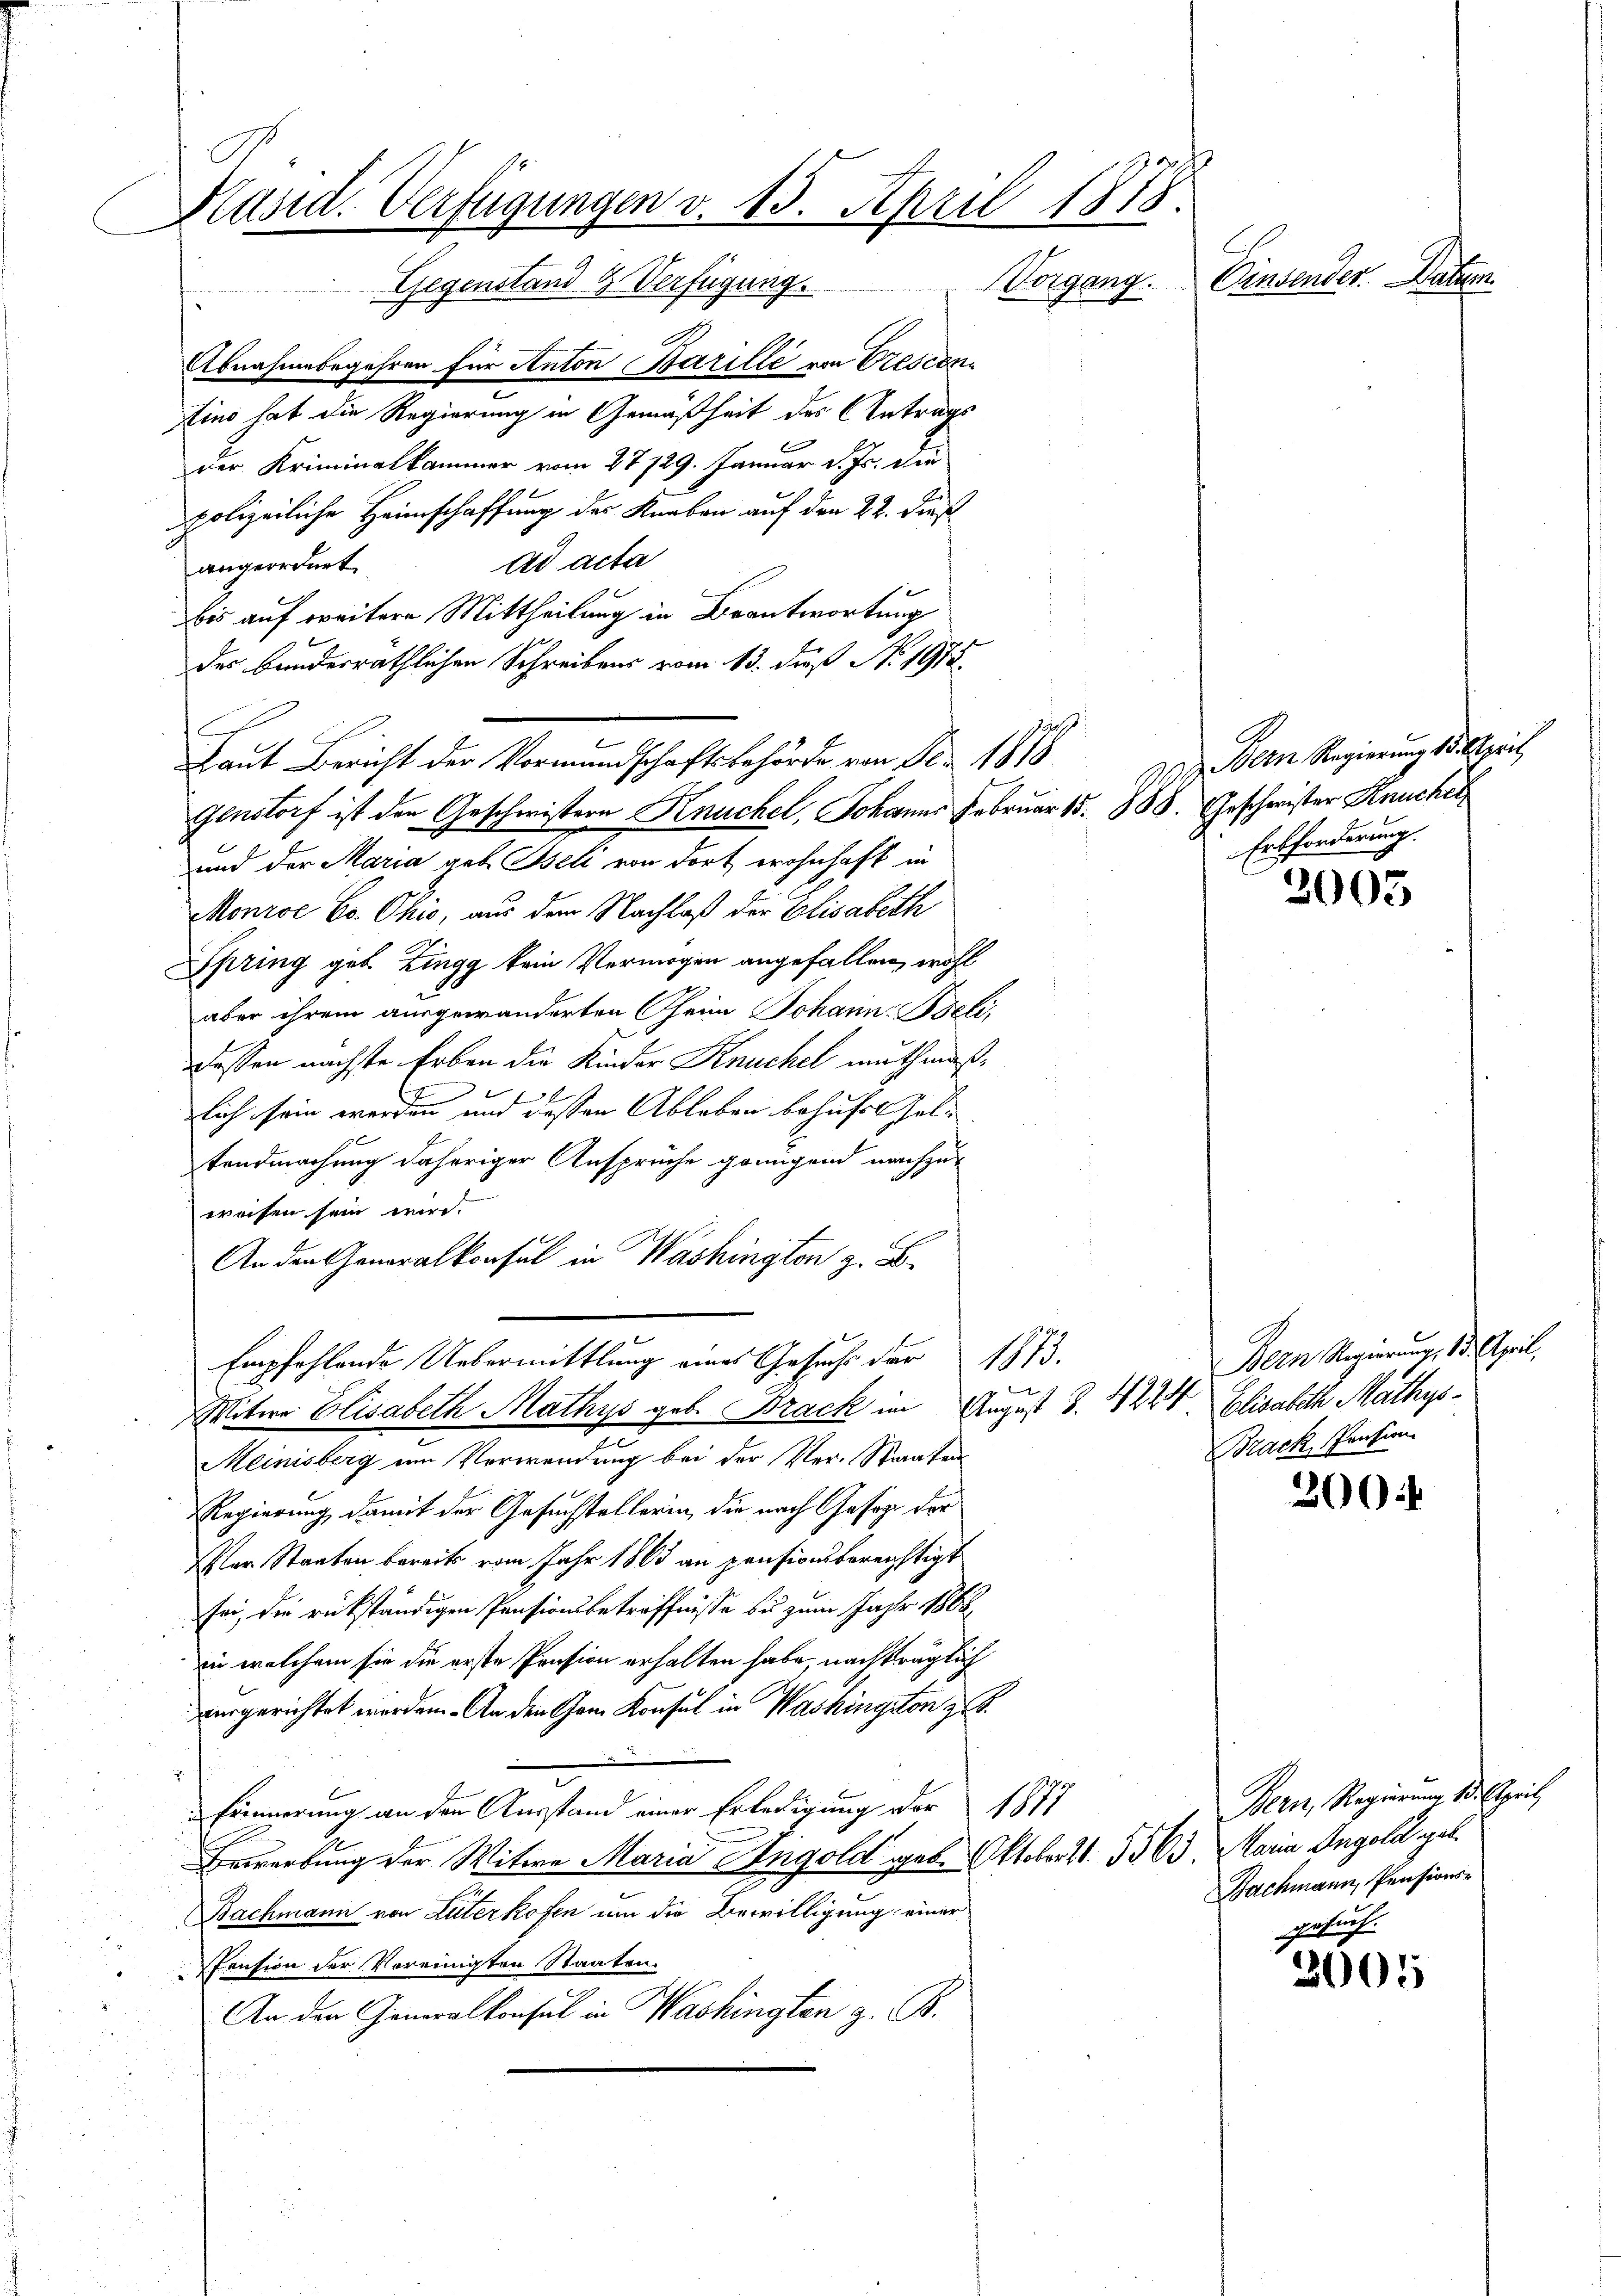
Mäsid. Verfügungen v. 15. April 1878.
Einsender. Datum
Vorgang.
Gegenstand & Verfügung.

Abnahmebegehren für Anton Barille von Prescen
tino hat die Regierung in Gemäßheit des Antrags
der Kriminalkammer vom 27 729. Januar d. Js. die
polizeiliche Heimschaffung des Knaben auf den 22. dieß
ad acta
angeordnet.
bis auf weitere Mittheilung in Beantwortung
des bundesräthlichen Schreibens vom 13. dieß N. 1915.
genstorf ist den Geschwistern Knuchel, Johanns Februar 15. 388. Geschwister Kuchel
und der Maria geb. Iseli von dort wohnhaft in
Monroc Co. Ohio, aus dem Nachlaß der Elisabeth
Spring geb Zingg kein Vermögen angefallen, wohl
aber ihrem ausgewänderten Theim Johann Beli
dessen nächste Erben die Kinder Knuchel muthmaß¬
E
lich sein werden und dessen Ableben behufel seltandmachung daheriger Anspruche genügend nachzuweisen sein wird.
An den Generalkonsul in Washington z. B.
Empfehlende Uebermittlung eines Gesuch der 1873.

Witwe Elisabeth Mathys geb. Brack im August S. 4224 Elisabeth Mathys¬
Meinisberg um Verwendung bei der Ver-Staaten
Regierung, damit der Gesuchstellerin, die nach Gesez der
Ver Staaten bereits vom Jahr 1863 an pensionsbereichtigt
sei, die rückständigen Pensionsbetreffnisse bis zum Jahr 1868
in welchem sie die erste Pension erhalten habe, nachträglich
aurgerichtet werden. An den Cham Konsul in Washington z. B.
i
Erinnerung an den Ausstand einer Erledigung der 1877
Bewerbung der Witwe Maria Angold geb. Oktober 11. 5563. Maria Angold geb.
Bachmann von Luterkofen um die Bewilligung einer
Pension der Vereinigten Staaten.
An den Generalkonsul in Washingten z. B.

Laut Bericht der Vormundschaftsbehörde von Fr. 1878

29 u. Bern Regierung 15. April
Erbforderung.

Bern Regierung 13. April,
Brack, Pension

2003

300.

2005

Bern, Regierung 1. April
Bachmann, Pensions-